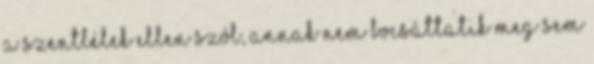
a Szentlélek ellen szól, annak nem bocsáttatik meg sem